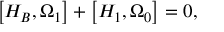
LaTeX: \left[ H _ { B } , \Omega _ { 1 } \right] + \left[ H _ { 1 } , \Omega _ { 0 } \right] = 0 ,